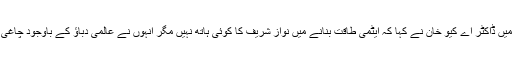
ایک سوال کے جواب میں ڈاکٹر اے کیو خان نے کہا کہ ایٹمی طاقت بنانے میں نواز شریف کا کوئی ہاتھ نہیں مگر انہوں نے عالمی دباؤ کے باوجود چاغی میں ایٹمی دھماکہ کیا۔